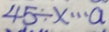
4 5 \div x \cdots a